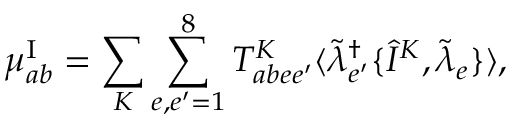
\mu _ { a b } ^ { \mathrm { I } } = \sum _ { K } \sum _ { e , e ^ { \prime } = 1 } ^ { 8 } T _ { a b e e ^ { \prime } } ^ { K } \langle \tilde { \lambda } _ { e ^ { \prime } } ^ { \dagger } \{ \hat { I } ^ { K } , \tilde { \lambda } _ { e } \} \rangle ,